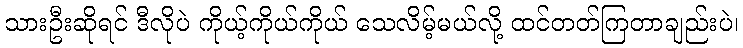
သားဦးဆိုရင် ဒီလိုပဲ ကိုယ့်ကိုယ်ကိုယ် သေလိမ့်မယ်လို့ ထင်တတ်ကြတာချည်းပဲ၊